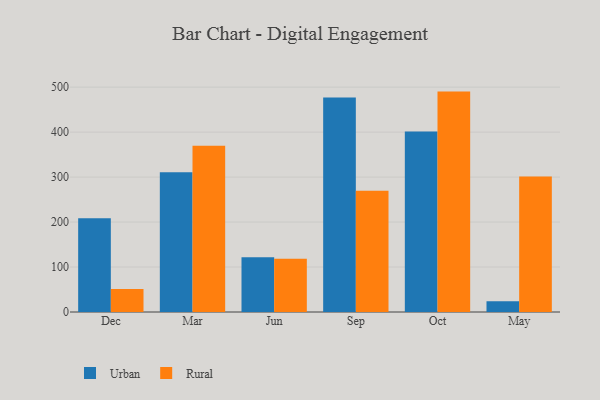
{"axis": {"x": "Month", "y": "Active Users"}, "legend": ["Rural", "Urban"], "data": [{"x": "Dec", "y": 208.5, "type": "Urban"}, {"x": "Dec", "y": 51.2, "type": "Rural"}, {"x": "Mar", "y": 310.6, "type": "Urban"}, {"x": "Mar", "y": 369.9, "type": "Rural"}, {"x": "Jun", "y": 121.9, "type": "Urban"}, {"x": "Jun", "y": 118.6, "type": "Rural"}, {"x": "Sep", "y": 477.1, "type": "Urban"}, {"x": "Sep", "y": 269.5, "type": "Rural"}, {"x": "Oct", "y": 401.3, "type": "Urban"}, {"x": "Oct", "y": 490.1, "type": "Rural"}, {"x": "May", "y": 23.9, "type": "Urban"}, {"x": "May", "y": 301.4, "type": "Rural"}]}